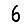
Digit: 6